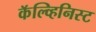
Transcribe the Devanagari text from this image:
कॅल्व्हिनिस्ट